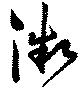
微